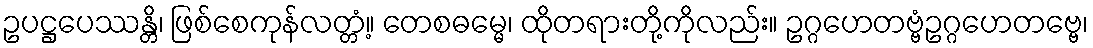
ဥပဋ္ဌပေဿန္တိ၊ ဖြစ်စေကုန်လတ္တံ့။ တေစဓမ္မေ၊ ထိုတရားတို့ကိုလည်း။ ဥဂ္ဂဟေတဗ္ဗံဥဂ္ဂဟေတဗ္ဗေ၊